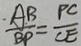
\frac { A B } { B P } = \frac { P C } { C E }